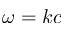
\omega = k c